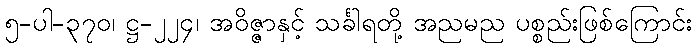
၅-ပါ-၃၇၀၊ ဋ္ဌ-၂၂၄၊ အဝိဇ္ဇာနှင့် သင်္ခါရတို့ အညမည ပစ္စည်းဖြစ်ကြောင်း